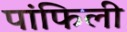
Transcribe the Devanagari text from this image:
पांफिली